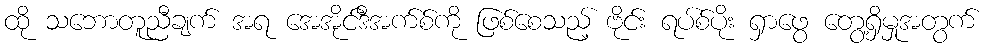
ထို သဘောတူညီချက် အရ အေအိုင်ဒီအက်စ်ကို ဖြစ်စေသည့် ဗိုင်း ရပ်စ်ပိုး ရှာဖွေ တွေ့ရှိမှုအတွက်